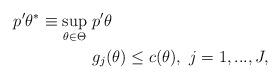
LaTeX: \begin{align*}p'\theta^*\equiv \sup_{\theta\in\Theta}&~ p'\theta\\&~g_j(\theta)\le c(\theta),~j=1,..., J,\end{align*}